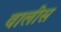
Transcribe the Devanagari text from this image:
वालीस